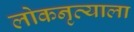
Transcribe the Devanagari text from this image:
लोकनृत्याला